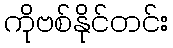
ကိုဗစ်နိုင်တင်း